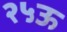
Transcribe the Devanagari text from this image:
२५ऊ